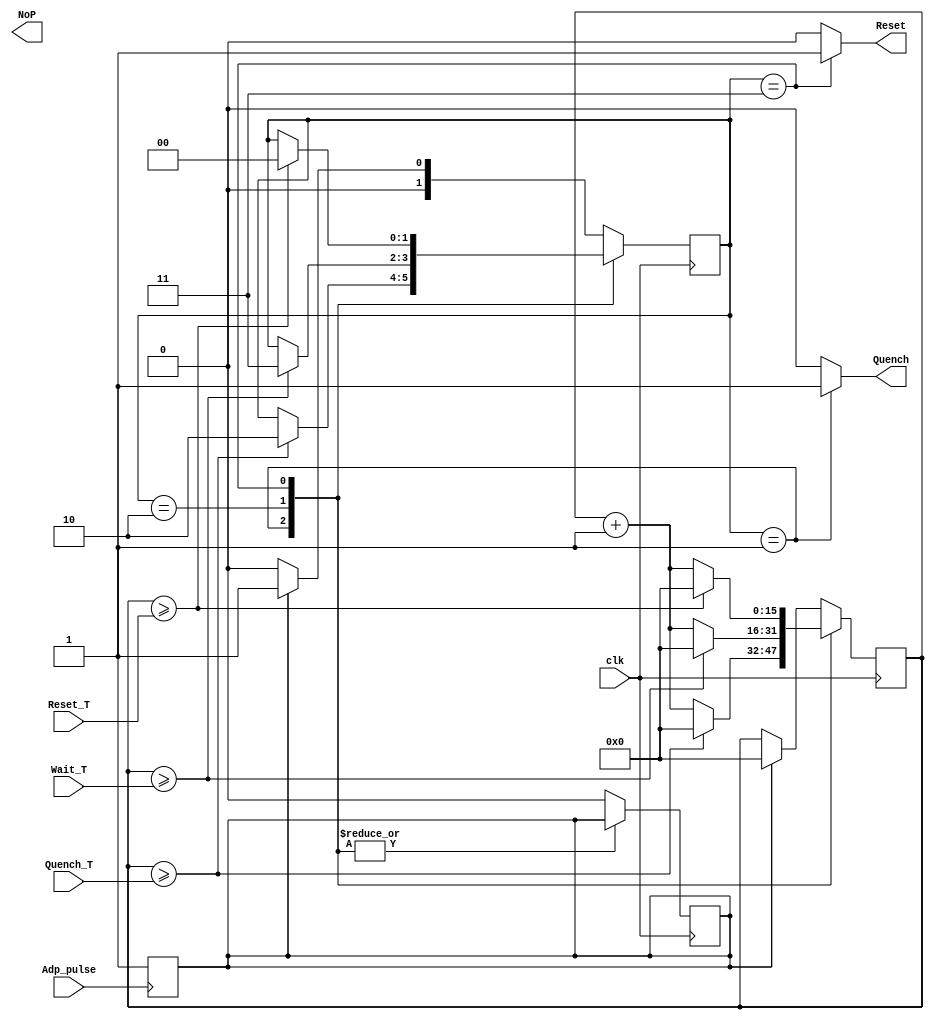
`timescale 1ns / 1ps
//////////////////////////////////////////////////////////////////////////////////
// Company: 
// 
// Design Name: 
// Module Name: AdpLogic
// Project Name: 
// Target Devices: 
// Tool Versions: 
// Description: 
// 
// Dependencies: 
// 
// Revision:
// Revision 0.01 - File Created
// Additional Comments:
// 
//////////////////////////////////////////////////////////////////////////////////


module AdpLogic(
    input wire clk,
    input wire Adp_pulse,
    input wire [15:0] Quench_T,
    input wire [15:0] Wait_T,
    input [15:0] Reset_T,
    output reg Quench,
    output reg Reset,
    output reg [31:0] NoP
    );

reg [1:0] state = 2'd0;
reg [15:0] counter;
reg Adp_On = 1'b0;

parameter S0 = 2'd0, S1 = 2'd1, S2 = 2'd2, S3 = 2'd3;

always @ (posedge Adp_pulse)
    Adp_On = 1'b1;

always @ (state) 
begin
    case (state)
        S1:begin
           Quench = 1'b1;
           Reset = 1'b0;
           end
        S2:begin
           Quench = 1'b0;
           Reset = 1'b0;
           end
        S3:begin
           Quench = 1'b0;
           Reset = 1'b1;
           end
        default:begin
           Quench = 1'b0;
           Reset = 1'b0;
           end
    endcase
end

always @ (posedge clk) 
begin
    //if (reset)
    //    state <= S0;
    //else
    case (state)
       S1:
       begin
          if(counter >= Quench_T) 
              begin
                counter = 16'd0;
                state <= S2;
              end
          else
              counter=counter+1;
       end
       S2:
       begin
          if(counter >= Wait_T) 
              begin
                counter = 16'd0;
                state <= S3;
              end
          else
              counter=counter+1;
       end
       S3:
       begin
          if(counter >= Reset_T) 
              begin
                counter = 16'd0;
                state <= S0;
              end
          else
              counter=counter+1;
       end
       default:
       begin
          if(Adp_On) 
              begin
                Adp_On = 1'b0;
                counter = 16'd0;
                state <= S1;
              end
          else
              state <= S0;
       end
    endcase
end

endmodule